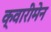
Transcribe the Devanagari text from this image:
क्वारीमेन